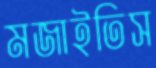
মজাইতিস